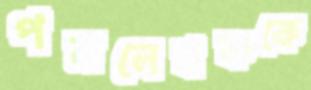
পত্রলেখককে